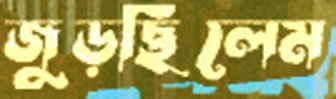
জুড়ছিলেম